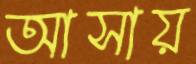
আসায়